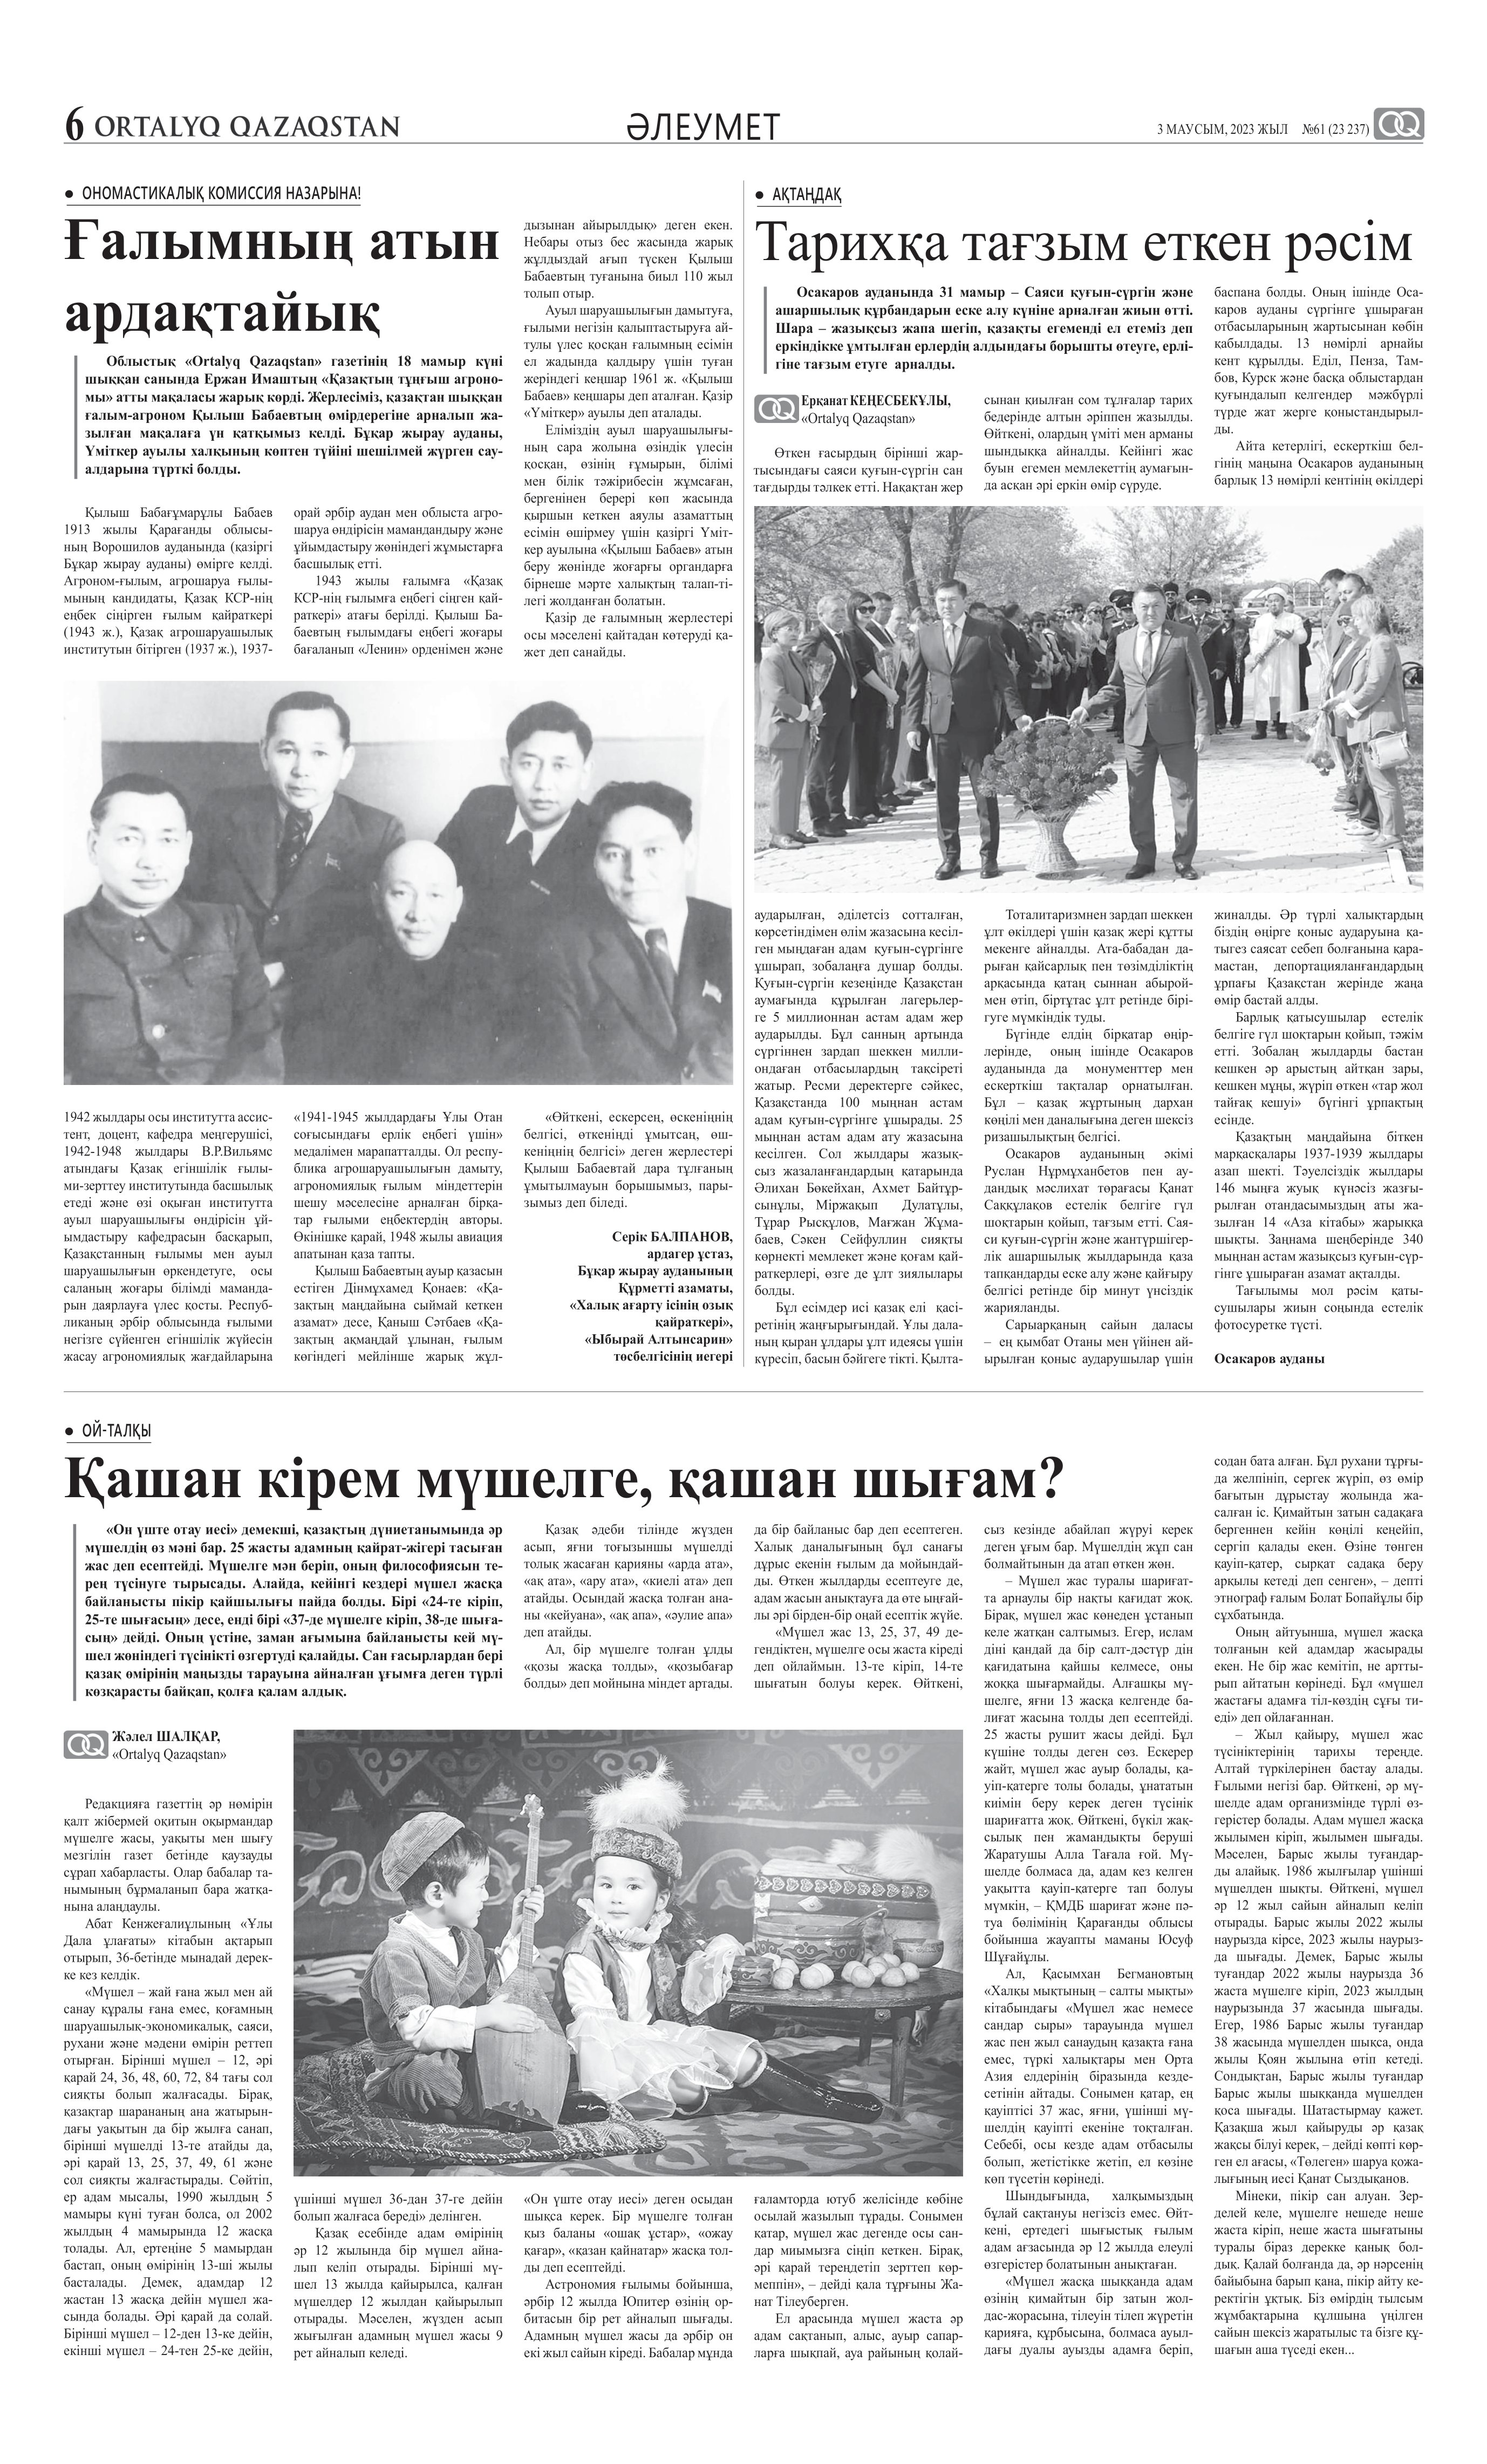
Language: kk